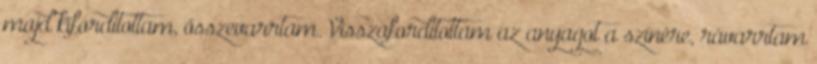
majd kifordítottam, összevarrtam. Visszafordítottam az anyagot a színére, rávarrtam